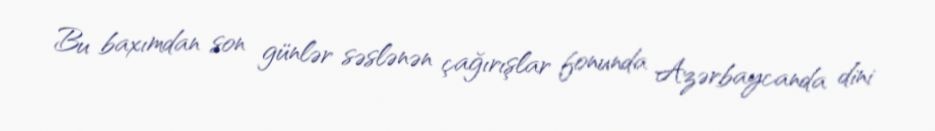
Bu baxımdan son günlər səslənən çağırışlar fonunda Azərbaycanda dini